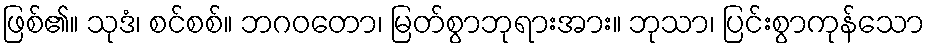
ဖြစ်၏။ သုဒံ၊ စင်စစ်။ ဘဂဝတော၊ မြတ်စွာဘုရားအား။ ဘုသာ၊ ပြင်းစွာကုန်သော